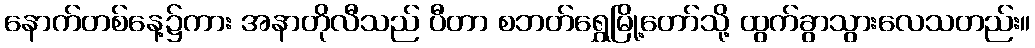
နောက်တစ်နေ့၌ကား အနာတိုလီသည် ပီတာ စဘတ်ရွှေမြို့တော်သို့ ထွက်ခွာသွားလေသတည်း။